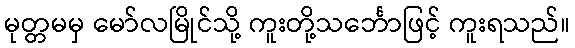
မုတ္တမမှ မော်လမြိုင်သို့ ကူးတို့သင်္ဘောဖြင့် ကူးရသည်။